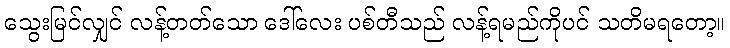
သွေးမြင်လျှင် လန့်တတ်သော ဒေါ်လေး ပစ်တီသည် လန့်ရမည်ကိုပင် သတိမရတော့။